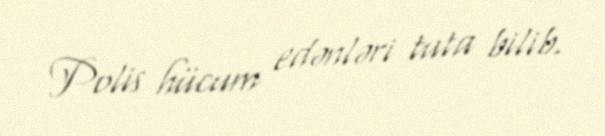
Polis hücum edənləri tuta bilib.